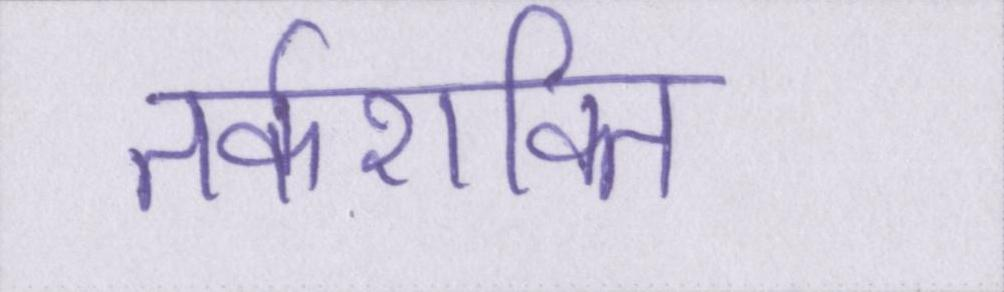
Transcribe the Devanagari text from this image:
तर्कशक्ति